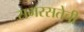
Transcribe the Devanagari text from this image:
समरसतेची